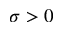
\sigma > 0